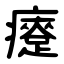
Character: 㿓